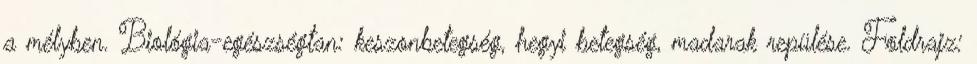
a mélyben. Biológia-egészségtan: keszonbetegség, hegyi betegség, madarak repülése. Földrajz: